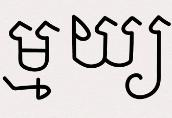
ម្ម យ្យ